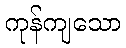
ကုန်ကျသော